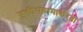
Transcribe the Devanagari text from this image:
मुक्तीसंग्रामाकरता